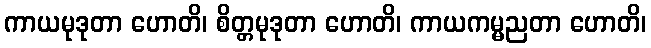
ကာယမုဒုတာ ဟောတိ၊ စိတ္တမုဒုတာ ဟောတိ၊ ကာယကမ္မညတာ ဟောတိ၊